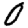
Digit: 0